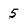
Character: 5